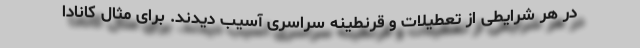
در هر شرایطی از تعطیلات و قرنطینه سراسری آسیب دیدند. برای مثال کانادا